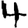
Digit: 4